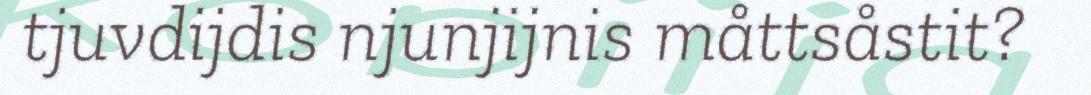
tjuvdijdis njunjijnis måttsåstit?